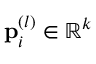
\mathbf { p } _ { i } ^ { ( l ) } \in \mathbb { R } ^ { k }